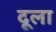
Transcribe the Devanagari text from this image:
दूला